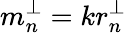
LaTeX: m_{n}^{\perp}=kr_{n}^{\perp}